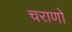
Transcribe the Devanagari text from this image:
चराणों